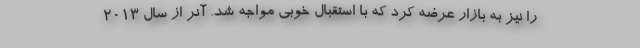
را نیز به بازار عرضه کرد که با استقبال خوبی مواجه شد. آنر از سال 2013